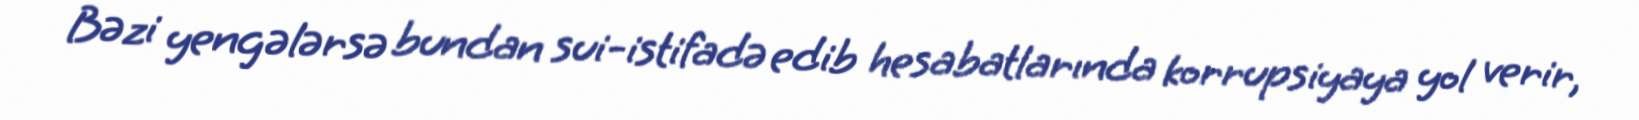
Bəzi yengələrsə bundan sui-istifadə edib hesabatlarında korrupsiyaya yol verir,